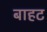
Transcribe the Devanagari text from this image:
बाहट